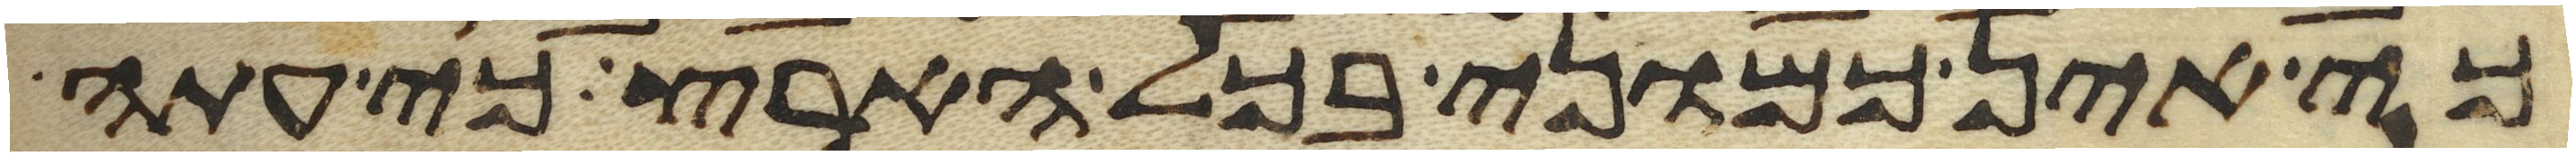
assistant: כי אין כמוני בכל הארץ כי עתה